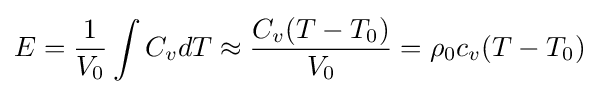
E={\frac {1}{V_{0}}}\int C_{v}dT\approx {\frac {C_{v}(T-T_{0})}{V_{0}}}=\rho _{0}c_{v}(T-T_{0})